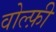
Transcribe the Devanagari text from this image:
वोल्फ़ी